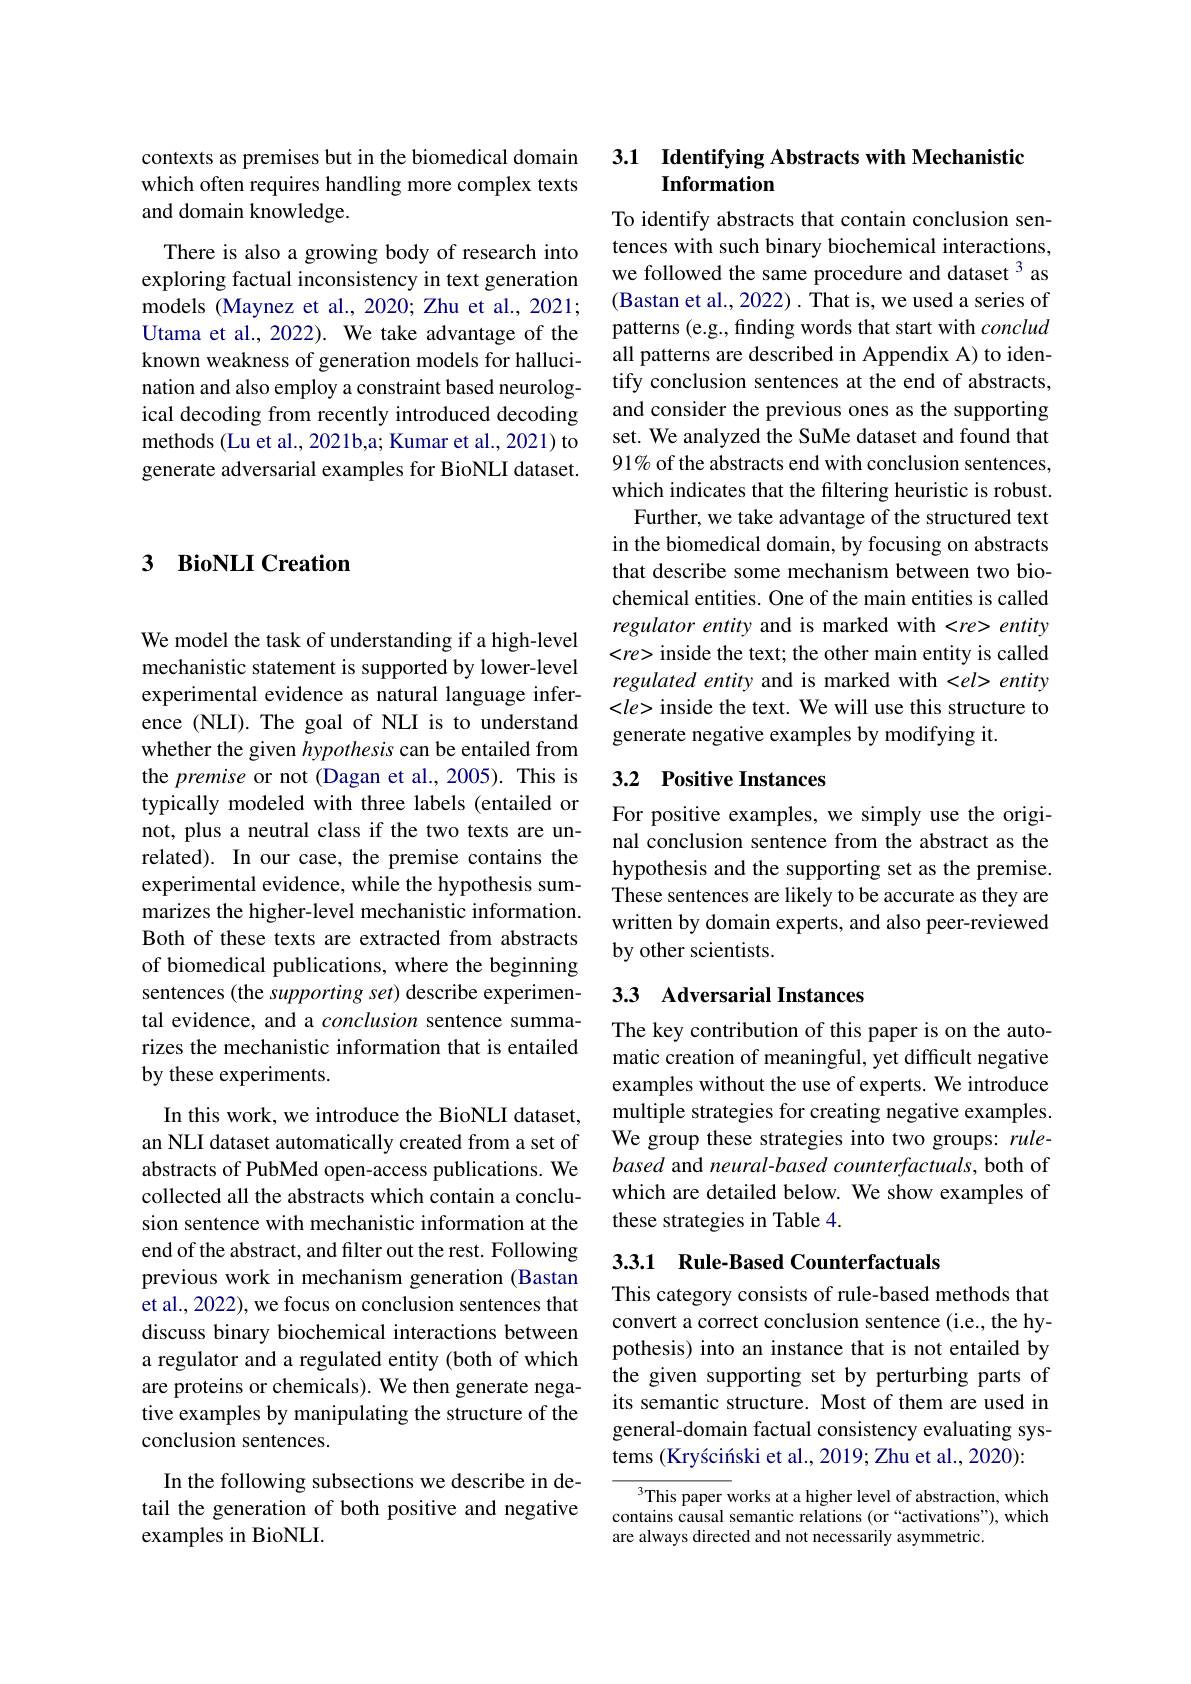
contexts as premises but in the biomedical domain which often requires handling more complex texts and domain knowledge.

There is also a growing body of research into exploring factual inconsistency in text generation models (Maynez et al., 2020; Zhu et al., 2021; Utama et al., 2022). We take advantage of the known weakness of generation models for hallucination and also employ a constraint based neurological decoding from recently introduced decoding methods (Lu et al., 2021b,a; Kumar et al., 2021) to generate adversarial examples for BioNLI dataset.

## 3 BioNLI Creation

We model the task of understanding if a high-level mechanistic statement is supported by lower-level experimental evidence as natural language inference (NLI). The goal of NLI is to understand whether the given hypothesis can be entailed from the premise or not (Dagan et al.,2005). This is typically modeled with three labels (entailed or not, plus a neutral class if the two texts are unrelated). In our case, the premise contains the experimental evidence, while the hypothesis summarizes the higher-level mechanistic information. Both of these texts are extracted from abstracts of biomedical publications, where the beginning sentences (the supporting set) describe experimental evidence, and a conclusion sentence summarizes the mechanistic information that is entailed by these experiments.

In this work, we introduce the BioNLI dataset, an NLI dataset automatically created from a set of abstracts of PubMed open-access publications. We collected all the abstracts which contain a conclusion sentence with mechanistic information at the end of the abstract, and filter out the rest. Following previous work in mechanism generation (Bastan et al., 2022), we focus on conclusion sentences that discuss binary biochemical interactions between a regulator and a regulated entity (both of which are proteins or chemicals). We then generate negative examples by manipulating the structure of the conclusion sentences.

## In the following subsections we describe in detail the generation of both positive and negative examples in BioNLI.

## 3.1 Identifying Abstracts with Mechanistic Information

To identify abstracts that contain conclusion sentences with such binary biochemical interactions, we followed the same procedure and dataset 3 as (Bastan et al., 2022) . That is, we used a series of patterns (e.g., finding words that start with conclud all patterns are described in Appendix A) to identify conclusion sentences at the end of abstracts, and consider the previous ones as the supporting set. We analyzed the SuMe dataset and found that 91% of the abstracts end with conclusion sentences, which indicates that the filtering heuristic is robust.
Further, we take advantage of the structured text in the biomedical domain, by focusing on abstracts that describe some mechanism between two biochemical entities. One of the main entities is called regulator entity and is marked with <re> entity $<re>$ inside the text; the other main entity is called regulated entity and is marked with <el> entity <le> inside the text. We will use this structure to generate negative examples by modifying it.

## 3.2 Positive Instances

For positive examples, we simply use the original conclusion sentence from the abstract as the hypothesis and the supporting set as the premise. These sentences are likely to be accurate as they are written by domain experts, and also peer-reviewed by other scientists.

# 3.3 Adversarial Instances

The key contribution of this paper is on the automatic creation of meaningful, yet difficult negative examples without the use of experts. We introduce multiple strategies for creating negative examples. We group these strategies into two groups: rulebased and neural-based counterfactuals, both of which are detailed below. We show examples of these strategies in Table 4.

## 3.3.1 Rule-Based Counterfactuals

This category consists of rule-based methods that convert a correct conclusion sentence (i.e., the hypothesis) into an instance that is not entailed by the given supporting set by perturbing parts of its semantic structure. Most of them are used in general-domain factual consistency evaluating systems (Kryściński et al., 2019; Zhu et al., 2020):

$^3$This paper works at a higher level of abstraction, which contains causal semantic relations (or“activations”), which are always directed and not necessarily asymmetric.